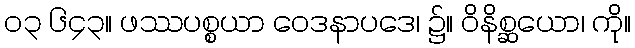
၀၃ ၆၄၃။ ဖဿပစ္စယာ ဝေဒနာပဒေ၊ ၌။ ဝိနိစ္ဆယော၊ ကို။